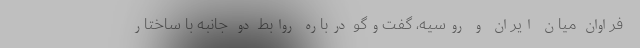
فراوان میان ایران و روسیه، گفت‌وگو درباره روابط دو جانبه با ساختار